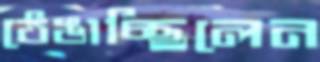
ঠেঙাচ্ছিলেন